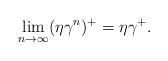
\begin{align*} \lim_{n\rightarrow \infty}(\eta\gamma^n)^+=\eta\gamma^+.\end{align*}